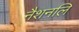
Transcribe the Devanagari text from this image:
नैशनलि